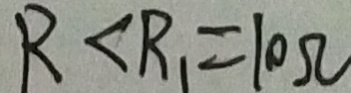
R < R _ { 1 } = 1 0 \Omega